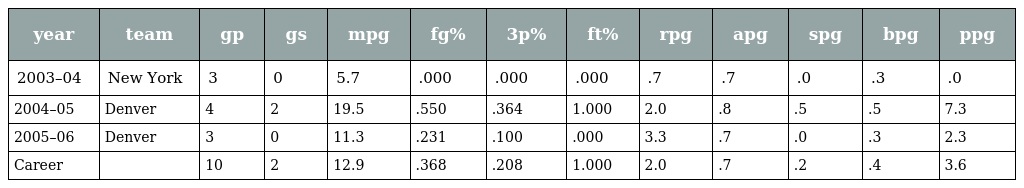
| year | team | gp | gs | mpg | fg% | 3p% | ft% | rpg | apg | spg | bpg | ppg |
 | --- | --- | --- | --- | --- | --- | --- | --- | --- | --- | --- | --- | --- |
 | 2003–04 | New York | 3 | 0 | 5.7 | .000 | .000 | .000 | .7 | .7 | .0 | .3 | .0 |
 | 2004–05 | Denver | 4 | 2 | 19.5 | .550 | .364 | 1.000 | 2.0 | .8 | .5 | .5 | 7.3 |
 | 2005–06 | Denver | 3 | 0 | 11.3 | .231 | .100 | .000 | 3.3 | .7 | .0 | .3 | 2.3 |
 | Career |  | 10 | 2 | 12.9 | .368 | .208 | 1.000 | 2.0 | .7 | .2 | .4 | 3.6 |